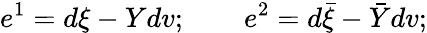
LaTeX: e^{1}=d\xi-Ydv;\qquad e^{2}=d\bar{\xi}-\bar{Y}dv;